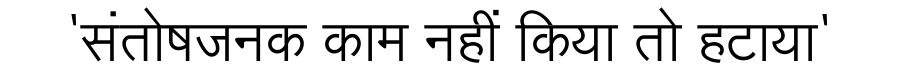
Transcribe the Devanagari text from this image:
'संतोषजनक काम नहीं किया तो हटाया'